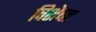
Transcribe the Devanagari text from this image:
विशेष्तः